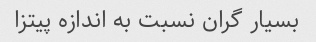
بسیار گران نسبت به اندازه پیتزا